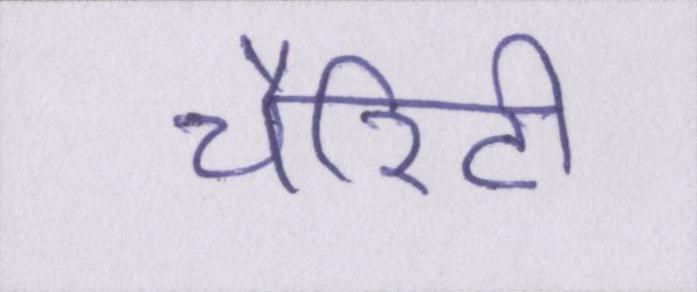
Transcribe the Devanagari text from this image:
चैरिटी